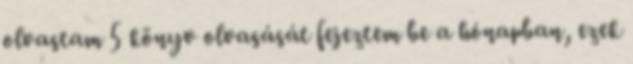
olvastam 5 könyv olvasását fejeztem be a hónapban, ezek